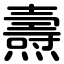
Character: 燾